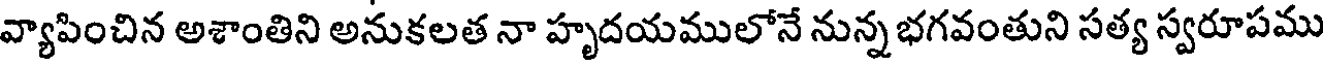
వ్యాపించిన అశాంతిని అనుకలత నా హృదయములోనే నున్న భగవంతుని సత్య స్వరూపము